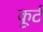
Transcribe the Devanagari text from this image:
कूर्ट